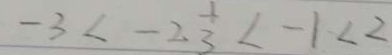
- 3 < - 2 \frac { 1 } { 3 } < - 1 < 2